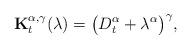
LaTeX: \begin{align*} \mathbf{K}_t^{\alpha,\gamma}(\lambda) = \bigl(D_t^\alpha + \lambda^\alpha\bigr)^\gamma, \end{align*}